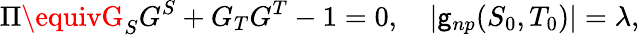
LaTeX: \Pi\equivG_{S}G^{S}+G_{T}G^{T}-1=0,\quad|\mathsf{g}_{np}(S_{0},T_{0})|=\lambda,